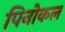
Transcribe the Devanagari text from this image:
पिनोकल